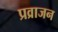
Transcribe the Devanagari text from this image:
प्रव्राजन